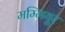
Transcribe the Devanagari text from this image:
मम्मियूर